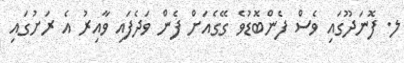
ލ. ފޮނަދޫގައި ވެސް ފެންބޮޑުވެ ގޭގެއަށް ފެން ވަދެފައި ވާއިރު އެ ރަށުގައި